Leaving Certificate Examination, 1920
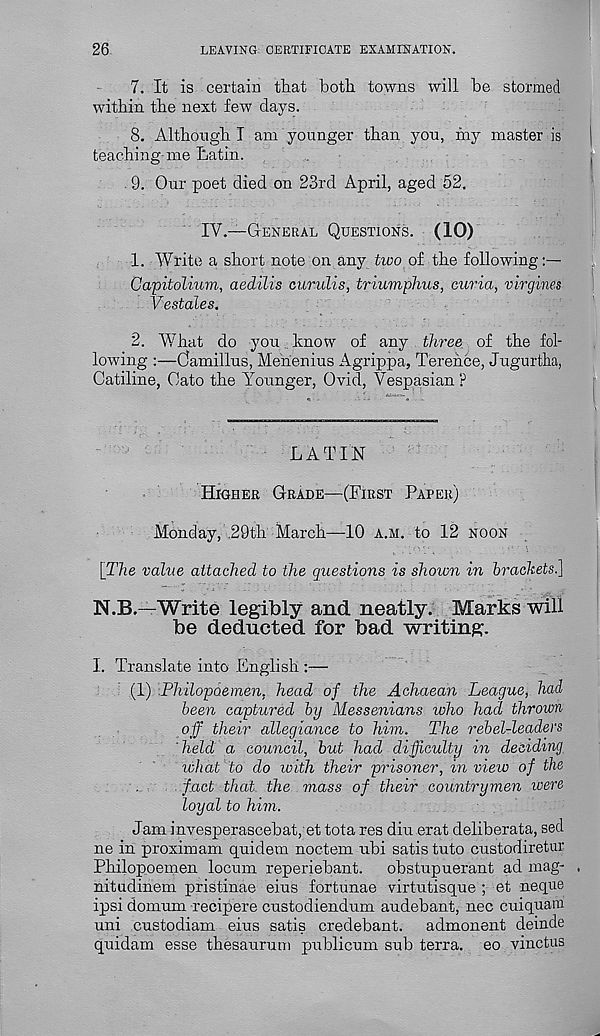
26
LEAVING CERTIFICATE EXAMINATION.
7. It is certain that both towns will be stormed
within the next few days.
8. Although I am younger than you, iny master is
teaching-me Latin.
9. Our poet died on 23rd April, aged 52.
IV.—GENERAL QUESTIONS. (10)
1. Write a short note on any two of the following:—
Gapitolinm, aedilis curulis, triumphus, curia, virgines
\~ estates.
2. What do you know of any three of the fol-
lowing :—Oamillus, Mehenius Agrippa, Terence, Jugurtha,
Catiline, Cato the Younger, Ovid, Vespasian ?
LATIN
HIGHER GRADE—(FIRST PAPER)
Monday, -29th March—10 A.H. to 12 NOON
[The value attached to the questions is shown in brackets.]
N.B.—Write legibly and neatly. Marks will
be deducted for bad writing.
I. Translate into English :—
(1) .Philopoemen. head of the Achaean League, had
been captured by Messenians who had thrown
off their allegiance to him. The rebel-leaders
held a council, but had difficulty in deciding
what to do with their prisoner, in view of the
fact that the mass of their countrymen were
loyal to him.
Jam invesperascebat,et tota res diu erat deliberata, seel
ne in proximam quidem noctem ubi satis tuto custodiretur
Philopoemen locum reperiebant. obstupuerant ad mag- .
nitudinem pristinae eius fortunae virtutisque ; et neque
ipsi domum recipere custodiendnm audebant, nec cuiquam
uni enstodiam eius satis credebant. admonent deinde
quidam esse thesaurum publicum sub terra, eo vinctus